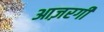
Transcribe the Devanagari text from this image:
आज़रगी